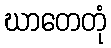
ဃာတေတုံ